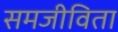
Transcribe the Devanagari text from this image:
समजीविता